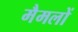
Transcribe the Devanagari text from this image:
मैमलों